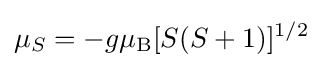
\mu _{S}=-g\mu _{\rm {B}}[S(S+1)]^{1/2}